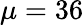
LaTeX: \mu=36